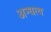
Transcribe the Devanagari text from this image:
अन्धत्व